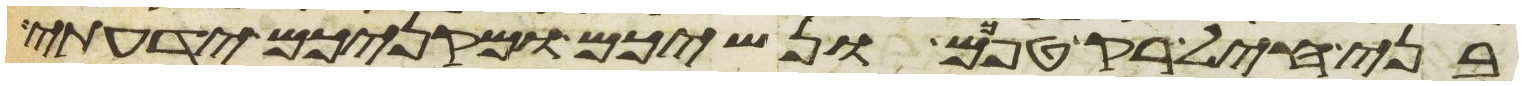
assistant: בני חיל רק טפכם ונשיכם ומקניכם ידעתי